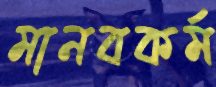
মানবকর্ম